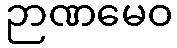
ဉာဏမေဝ